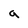
Character: a